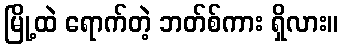
မြို့ထဲ ရောက်တဲ့ ဘတ်စ်ကား ရှိလား။